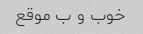
خوب و ب موقع